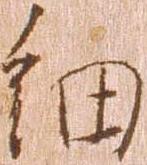
細